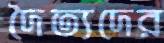
দৈত্যদের